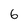
Character: 6